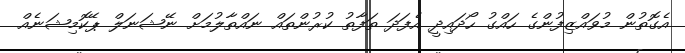
އެގޮތުން މުވައްޒިފުންގެ ހައްގު ހޯދައިދީ އެފަދަ ތަފާތު ކުރުންތައް ނައްތާލުމަށް ނޭޝަނަލް ޕޭކޮމިޝަނެއް